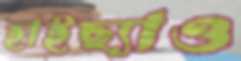
হাইছ্যাও